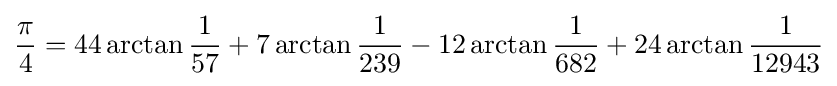
{\frac {\pi }{4}}=44\arctan {\frac {1}{57}}+7\arctan {\frac {1}{239}}-12\arctan {\frac {1}{682}}+24\arctan {\frac {1}{12943}}